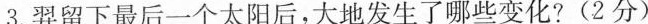
3.羿留下最后一个太阳后，大地发生了哪些变化?(2分)